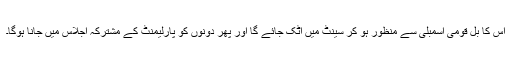
اس کا بل قومی اسمبلی سے منظور ہو کر سینٹ میں اٹک جائے گا اور پھر دونوں کو پارلیمنٹ کے مشترکہ اجلاس میں جانا ہوگا۔